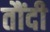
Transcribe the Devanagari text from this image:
तौंदी